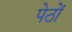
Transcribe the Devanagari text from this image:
पेठों